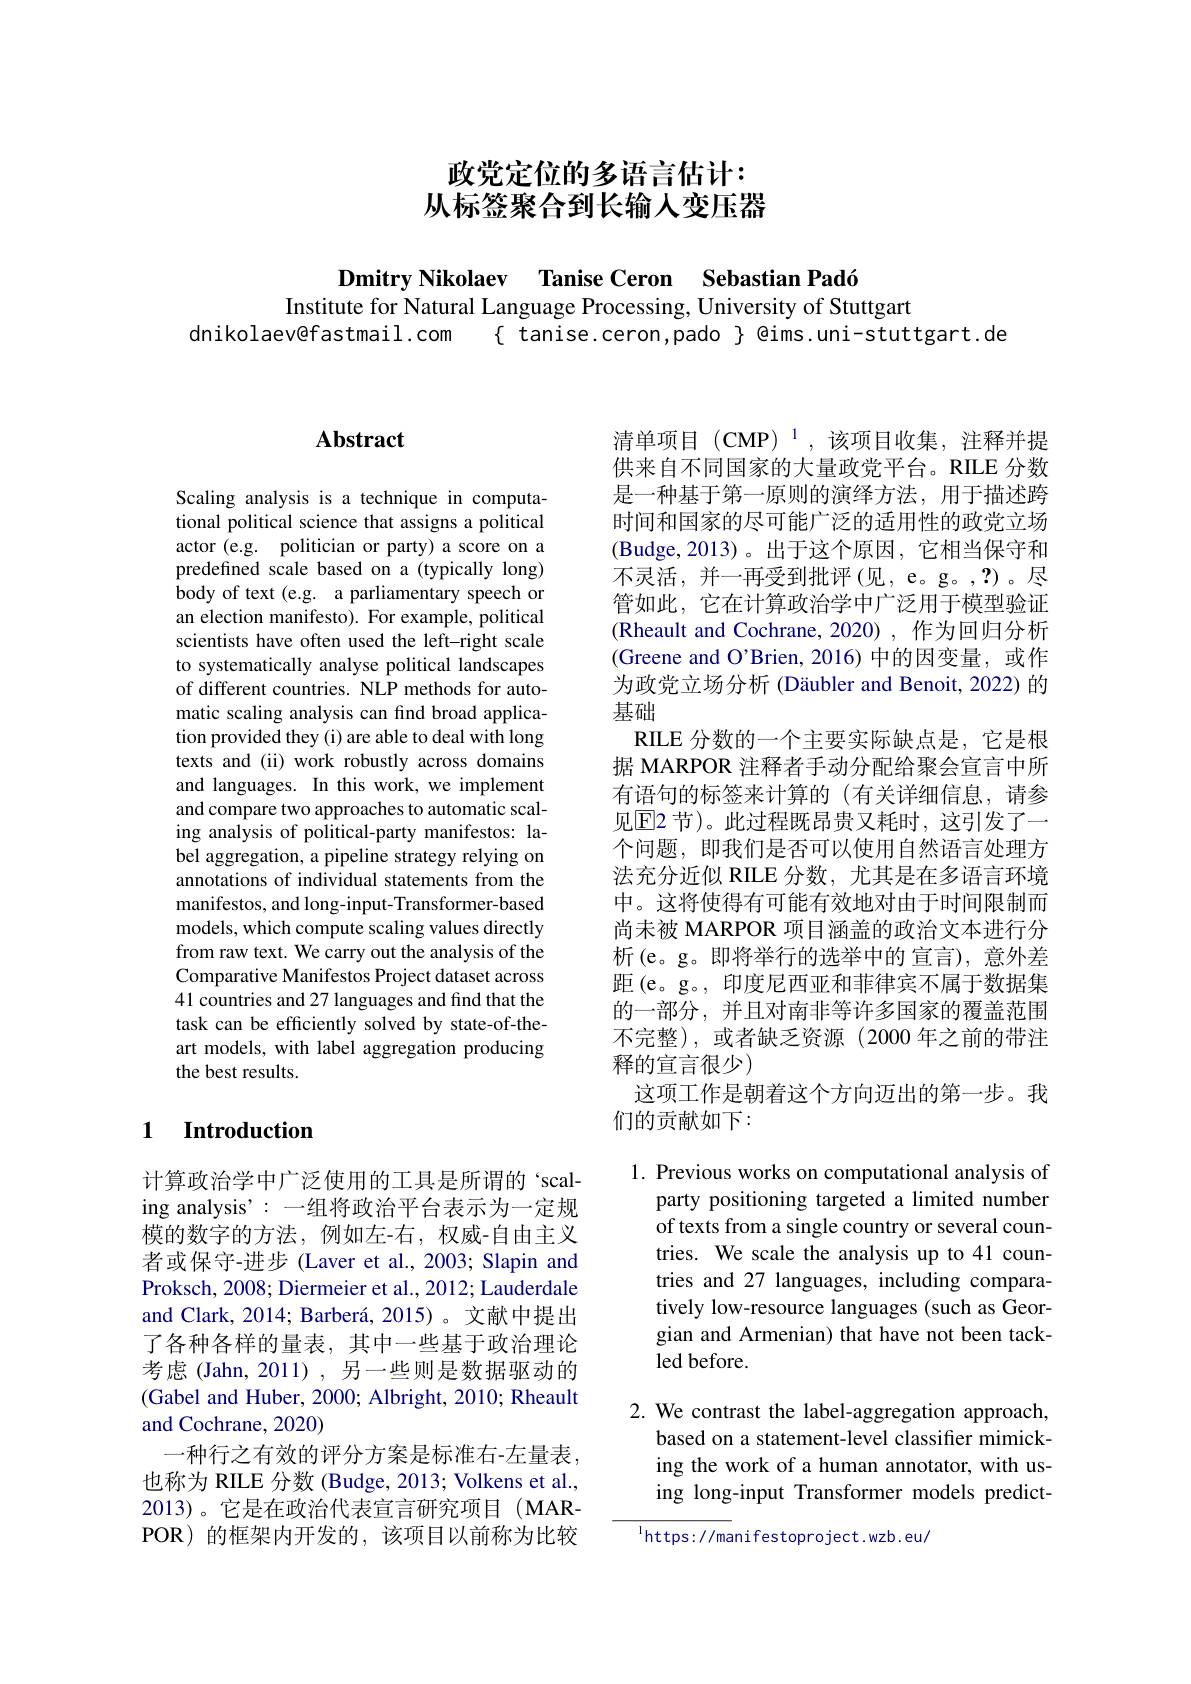
# 政党定位的多语言估计： 从标签聚合到长输人变压器

Dmitry Nikolaev Tanise Ceron Sebastian Padó
Institute for Natural Language Processing, University of Stuttgart
dnikolaev@fastmail.com $\{$ tanise.ceron,pado $\}$ @ims.uni-stuttgart.de

## Abstract

Scaling analysis is a technique in computational political science that assigns a political actor (e.g. politician or party) a score on a predefined scale based on a (typically long) body of text (e.g. a parliamentary speech or an election manifesto). For example, political scientists have often used the left-right scale to systematically analyse political landscapes of different countries. NLP methods for automatic scaling analysis can find broad application provided they (i) are able to deal with long texts and (ii) work robustly across domains and languages. In this work, we implement and compare two approaches to automatic scaling analysis of political-party manifestos: label aggregation, a pipeline strategy relying on annotations of individual statements from the manifestos, and long-input-Transformer-based models, which compute scaling values directly from raw text. We carry out the analysis of the Comparative Manifestos Project dataset across 41 countries and 27 languages and find that the task can be efficiently solved by state-of-theart models, with label aggregation producing the best results.

## 1 Introduction

计算政治学中广泛使用的工具是所谓的‘scaling analysis': 一组将政治平台表示为一定规模的数字的方法，例如左-右，权威-自由主义者或保守-进步 (Laver et al., 2003; Slapin and Proksch, 2008; Diermeier et al., 2012; Lauderdale and Clark, 2014; Barberá, 2015)。文献中提出了各种各样的量表，其中一些基于政治理论考虑(Jahn,2011),另一些则是数据驱动的(Gabel and Huber, 2000; Albright, 2010; Rheault and Cochrane, 2020)
一种行之有效的评分方案是标准右-左量表， 也称为 RILE 分数 (Budge, 2013; Volkens et al., 2013)。它是在政治代表宣言研究项目(MARPOR)的框架内开发的，该项目以前称为比较

$清单项目(CMP)^{1},该项目收集，注释并提$ 供来自不同国家的大量政党平台。RILE 分数是一种基于第一原则的演绎方法，用于描述跨时间和国家的尽可能广泛的适用性的政党立场(Budge,2013)。出于这个原因，它相当保守和不灵活，并一再受到批评(见，e。g。,?)。尽管如此，它在计算政治学中广泛用于模型验证(Rheault and Cochrane, 2020) , 作为回归分析(Greene and O'Brien, 2016) 中的因变量，或作为政党立场分析 (Däubler and Benoit, 2022) 的基础
RILE 分数的一个主要实际缺点是，它是根据 MARPOR 注释者手动分配给聚会宣言中所有语句的标签来计算的(有关详细信息，请参见$\operatorname{E2}$ 节)。此过程既昂贵又耗时，这引发了一个问题，即我们是否可以使用自然语言处理方法充分近似 RILE 分数，尤其是在多语言环境中。这将使得有可能有效地对由于时间限制而尚未被 MARPOR 项目涵盖的政治文本进行分析(e。g。即将举行的选举中的 宣言),意外差距(e。g。, 印度尼西亚和菲律宾不属于数据集的一部分，并且对南非等许多国家的覆盖范围不完整),或者缺乏资源(2000 年之前的带注释的宣言很少)
这项工作是朝着这个方向迈出的第一步。我
们的贡献如下：

1. Previous works on computational analysis of
party positioning targeted a limited number of texts from a single country or several countries. We scale the analysis up to 41 countries and 27 languages, including comparatively low-resource languages (such as Georgian and Armenian) that have not been tackled before.

2. We contrast the label-aggregation approach,
based on a statement-level classifier mimicking the work of a human annotator, with using long-input Transformer models predict-

$^{\mathrm{l}}$https://manifestoproject.wzb.eu/